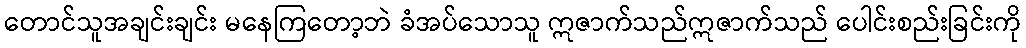
တောင်သူအချင်းချင်း မနေကြတော့ဘဲ ခံအပ်သောသူ ဣဇာက်သည်ဣဇာက်သည် ပေါင်းစည်းခြင်းကို